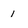
Character: 1